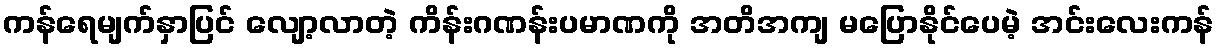
ကန်ရေမျက်နှာပြင် လျော့လာတဲ့ ကိန်းဂဏန်းပမာဏကို အတိအကျ မပြောနိုင်ပေမဲ့ အင်းလေးကန်